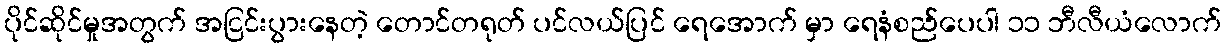
ပိုင်ဆိုင်မှုအတွက် အငြင်းပွားနေတဲ့ တောင်တရုတ် ပင်လယ်ပြင် ရေအောက် မှာ ရေနံစည်ပေပါ ၁၁ ဘီလီယံလောက်